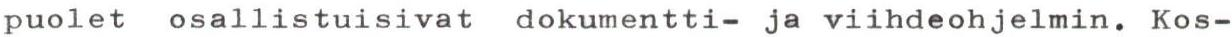
puolet osallistuisivat dokumentti- ja viihdeohjelmin. Kos-